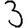
Digit: 3